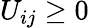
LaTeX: U_{ij}\geq 0